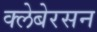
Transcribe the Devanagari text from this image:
क्लेबेरसन